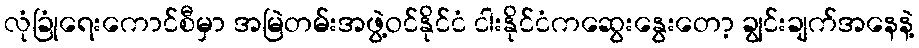
လုံခြုံရေးကောင်စီမှာ အမြဲတမ်းအဖွဲ့ဝင်နိုင်ငံ ငါးနိုင်ငံကဆွေးနွေးတော့ ချွင်းချက်အနေနဲ့